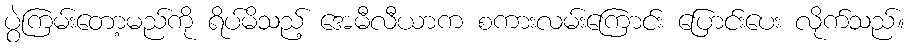
ပွဲကြမ်းတော့မည်ကို ရိပ်မိသည့် အေမီလီယာက စကားလမ်းကြောင်း ပြောင်းပေး လိုက်သည်။